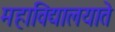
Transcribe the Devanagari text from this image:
महाविद्यालयाते